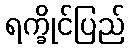
ရက္ခိုင်ပြည်